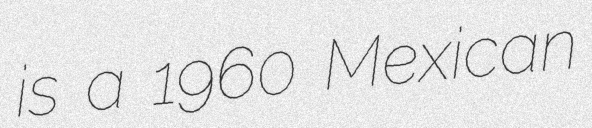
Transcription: is a 1960 Mexican